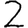
Digit: 2